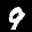
Label: 9